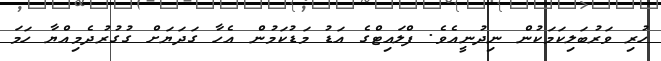
ހުރި ވަރުބަލިކަމަކުން ނިދުނީއެވެ. ފްލައިޓްގެ އަޑު މަޑުކަމުން އެހާ ގަދަޔަށް ގުގުރުދެމިއްޔާ ހަމަ